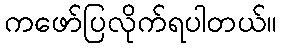
ကဖော်ပြလိုက်ရပါတယ်။